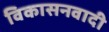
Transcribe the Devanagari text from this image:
विकासनवादी